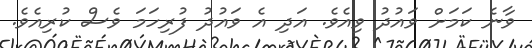
ވާނެ ކަމަށް ވައުދު ވިއެވެ. އަދި އެ ވައުދު ފުރިހަމަ ވެސް ކުރިއެވެ.